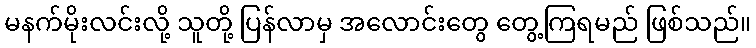
မနက်မိုးလင်းလို့ သူတို့ ပြန်လာမှ အလောင်းတွေ တွေ့ကြရမည် ဖြစ်သည်။